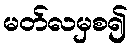
မတ်လမှစ၍